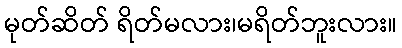
မုတ်ဆိတ် ရိတ်မလား၊မရိတ်ဘူးလား။